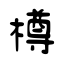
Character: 樽